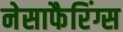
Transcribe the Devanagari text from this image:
नेसाफैरिंग्स